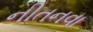
નીતનવા